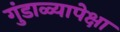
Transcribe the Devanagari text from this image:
गुंडाळ्यापेक्षा